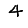
Digit: 4